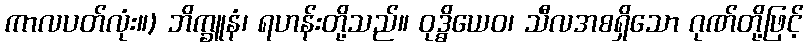
ကာလပတ်လုံး။) ဘိက္ခူနံ၊ ရဟန်းတို့သည်။ ဝုဒ္ဓိယေဝ၊ သီလအစရှိသော ဂုဏ်တို့ဖြင့်